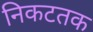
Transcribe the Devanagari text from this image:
निकटतक